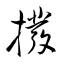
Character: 撥